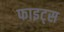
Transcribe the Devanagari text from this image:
फाइट्स